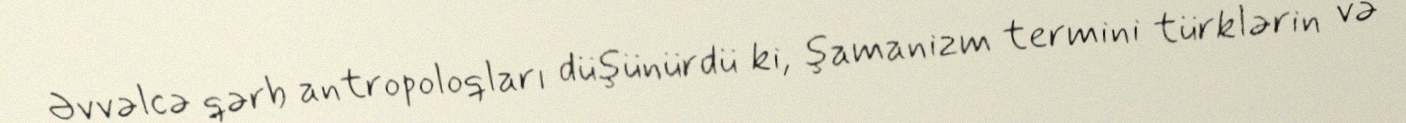
Əvvəlcə qərb antropoloqları düşünürdü ki, şamanizm termini türklərin və